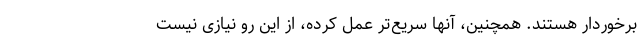
برخوردار هستند. همچنین، آنها سریع‌تر عمل کرده، از این رو نیازی نیست